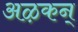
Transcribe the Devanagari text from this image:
अऴकन्